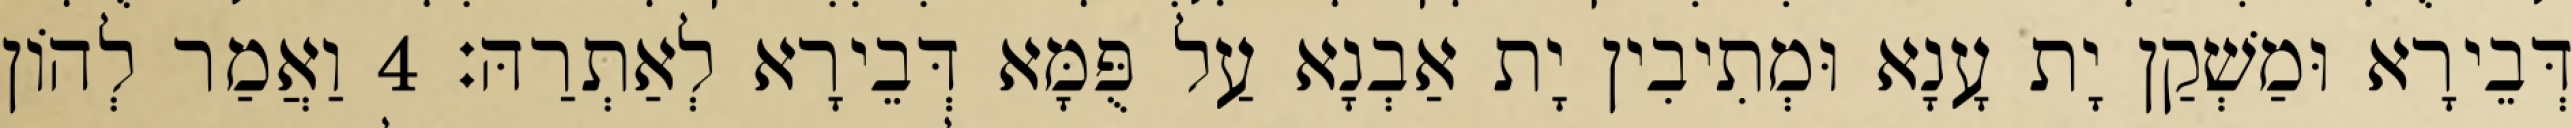
דְּבֵירָא וּמַשְׁקַן יָת עָנָא וּמְתִיבִין יָת אַבְנָא עַל פֻּמָּא דְּבֵירָא לְאַתְרַהּ׃ 4 וַאֲמַר לְהוֹן